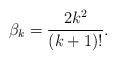
LaTeX: \begin{align*}\beta_k = \frac{2k^2}{(k+1)!}.\end{align*}